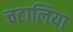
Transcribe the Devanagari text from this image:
चटालिया